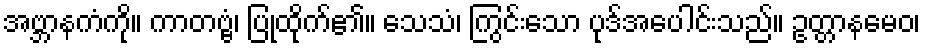
အဗ္ဘာနကံကို။ ကာတဗ္ဗံ၊ ပြုထိုက်၏။ သေသံ၊ ကြွင်းသော ပုဒ်အပေါင်းသည်။ ဥတ္တာနမေဝ၊